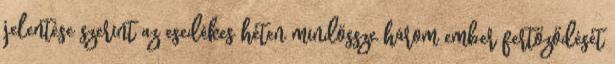
jelentése szerint az esedékes héten mindössze három ember fertőződését